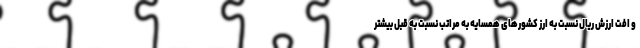
و افت ارزش ریال نسبت به ارز کشورهای همسایه به مراتب نسبت به قبل بیشتر